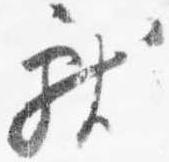
献